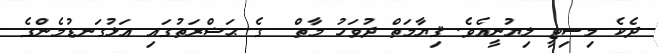
ދެކެ މިސިޓީ ލިޔުނީއެވެ. ޤިޔާމަތް ދުވަހު މާތް  ގެ ޙަޟްރަތުގައި އަޅުގަނޑުމެންގެ